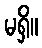
မရှိ။